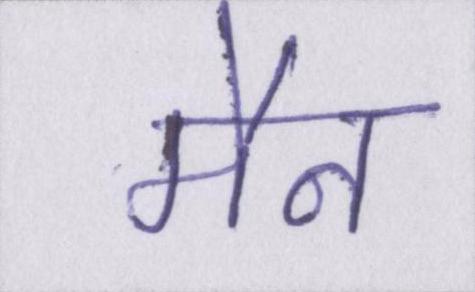
मैन